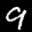
Label: 9